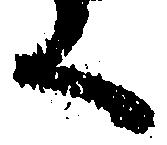
く